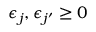
\epsilon _ { j } , \epsilon _ { j ^ { \prime } } \ge 0